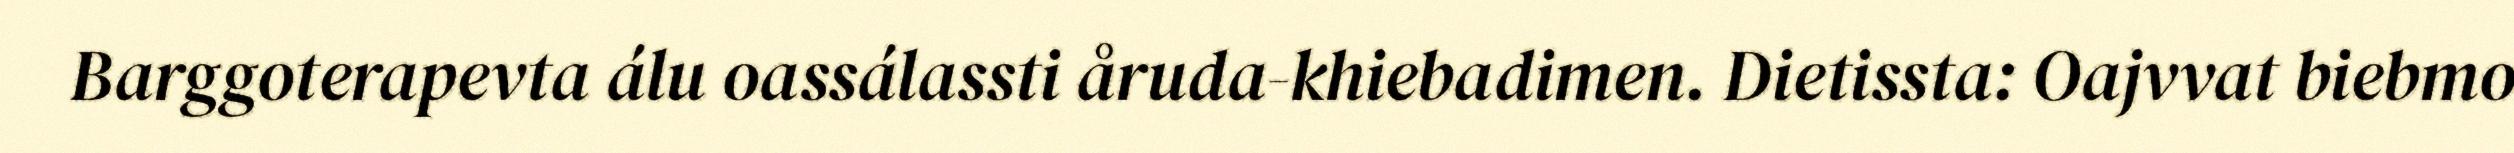
Barggoterapevta álu oassálassti åruda-khiebadimen. Dietissta: Oajvvat biebmo